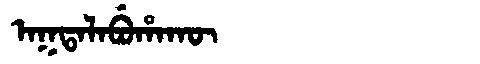
Manchu: ᠠᡴᡨᠠᠯᠠᠪᡠᡥᠠᡴᡡ
Romanization: AKTALABUHAKŪ